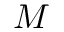
M